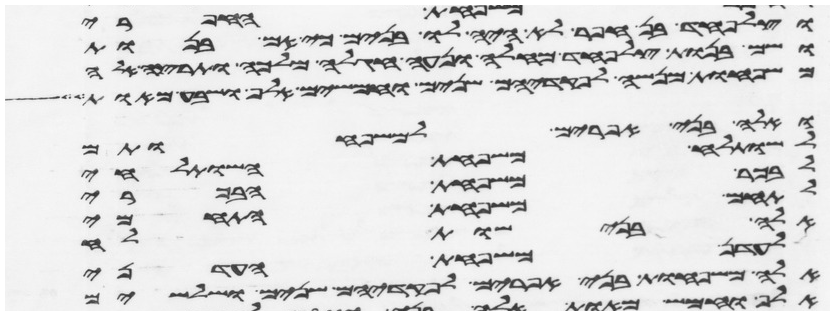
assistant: וצלפחד בן חפר לא היה לו בנים כי אם בנות
ושם בנות צלפחד מחלה ונעה חגלה מלכה ותרצה
משפחות מנשה לפקדיהם שנים וחמשים אלף ושבע מאות
ואלה בני אפרים למשפחותם
לשותלח משפחת השותלחי
לבכר משפחת הבכרי
לתחם משפחת התחמי
אלה בני שותלח
לעדן משפחת העדני
אלה משפחות בני אפרים לפקדיהם שנים ושלשים